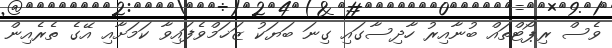
ވެސް ރިޕޯޓްތައް ބުނާއިރު ހާދިސާގައި ގިނަ ބަޔަކު ޒަޚަމްވެފައިވާ ކަމަށާއި އޭގެ ތެރެއިން